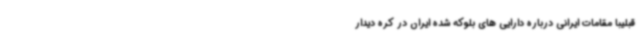
قبلیبا مقامات ایرانی درباره دارایی های بلوکه شده ایران در کره دیدار